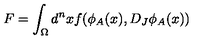
F = \int _ { \Omega } d ^ { n } x f ( \phi _ { A } ( x ) , D _ { J } \phi _ { A } ( x ) )